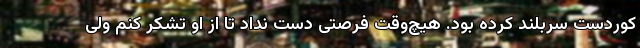
کوردست سربلند کرده بود. هیچ‌وقت فرصتی دست نداد تا از او تشکر کنم ولی